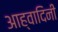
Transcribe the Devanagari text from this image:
आह्वादिनी